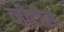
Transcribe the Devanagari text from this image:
व्हीटीस